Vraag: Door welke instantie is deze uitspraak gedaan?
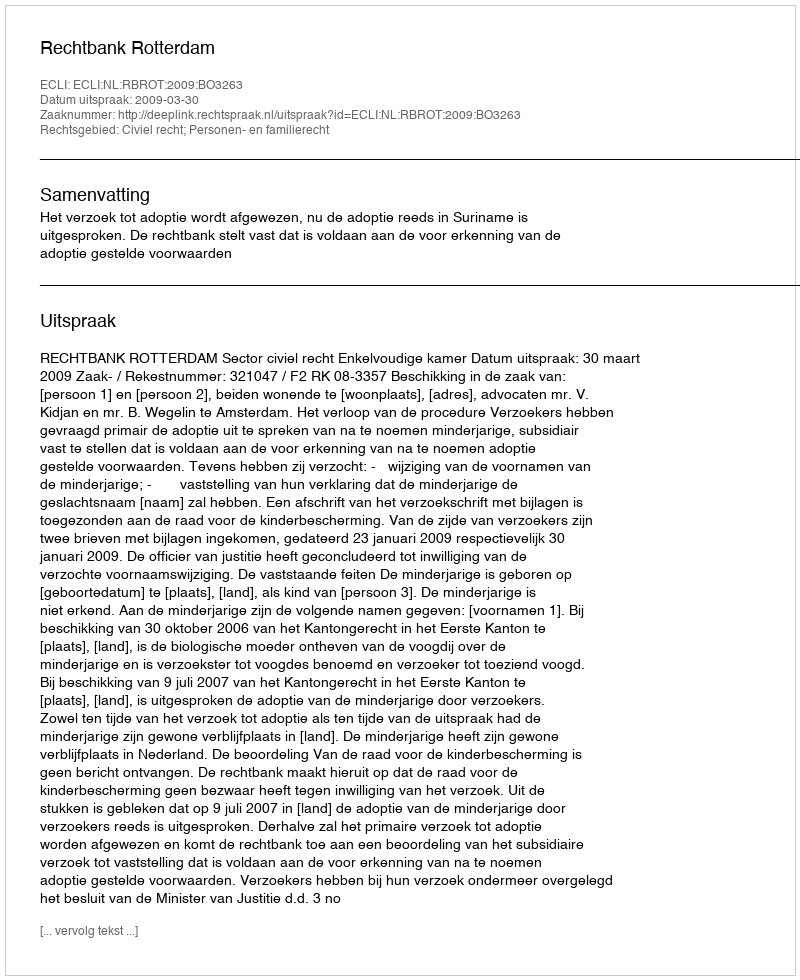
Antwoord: Rechtbank Rotterdam